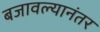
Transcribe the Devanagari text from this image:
बजावल्यानंतर